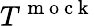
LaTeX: T^{\mathrm{~m~o~c~k~}}